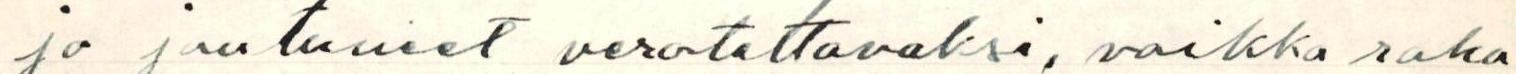
jo joutuneet verotettavaksi, vaikka raha